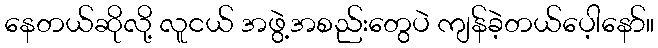
နေတယ်ဆိုလို့ လူငယ် အဖွဲ့အစည်းတွေပဲ ကျန်ခဲ့တယ်ပေ့ါနော်။